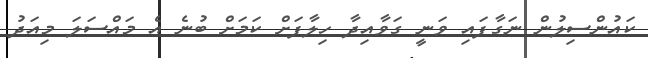
ކައުންސިލުން ނަގާފައި ވަނީ ގަވާއިދާ ހިލާފަށް ކަމަށް ބުނެ އެ މައްސަލަ މިއަދު